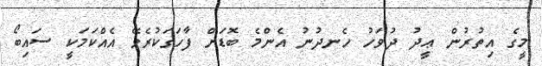
މީގެ އިތުރުން ޢީދު ދުވަހު ހެނދުނު އެންމެ ބޮޑަށް ފާހަގަކުރެވޭ އެއްކަމަކީ ސައިބޯ